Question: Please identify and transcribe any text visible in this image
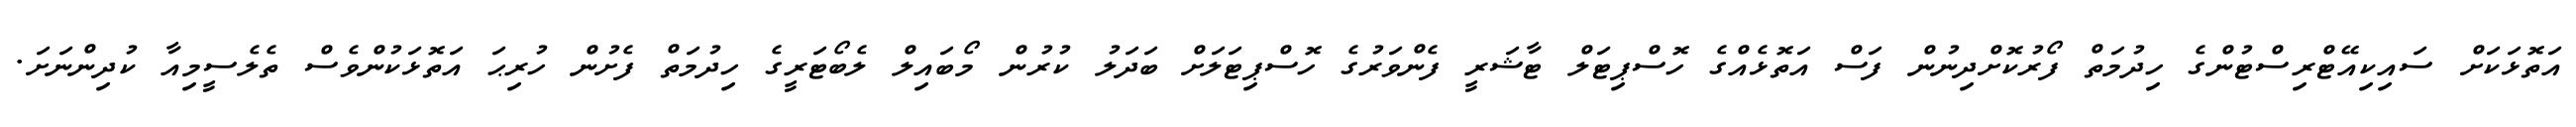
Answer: އަތޮޅަކަށް ސައިކިއޭޓްރިސްޓުންގެ ހިދުމަތް ފޯރުކޮށްދިނުން ފަސް އަތޮޅެއްގެ ހޮސްޕިޓަލް ޓާޝަރީ ފެންވަރުގެ ހޮސްޕިޓަލަށް ބަދަލު ކުރުން މޯބައިލް ލެބޯޓަރީގެ ހިދުމަތް ފެށުން ހުރިޙަ އަތޮޅަކުންވެސް ތެލެސީމިއާ ކުދިންނަށަ.